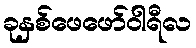
ခုနှစ်ဖေဖော်ဝါရီလ